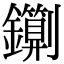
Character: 䥷